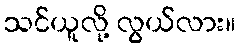
သင်ယူလို့ လွယ်လား။